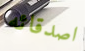
اصدقائه